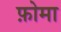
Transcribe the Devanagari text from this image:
फ़ोमा